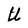
Character: U